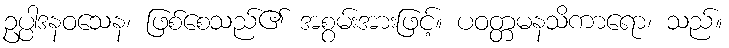
ဥပ္ပါဒနဝသေန၊ ဖြစ်စေသည်၏ အစွမ်းအားဖြင့်။ ပဝတ္တမနသိကာရော၊ သည်။